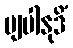
ဗျပါနုဒိံ